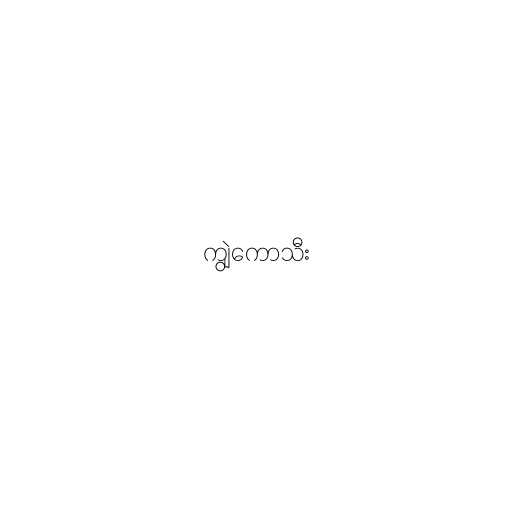
ကျွဲကောသီး